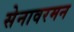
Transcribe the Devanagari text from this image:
सेनावरमन